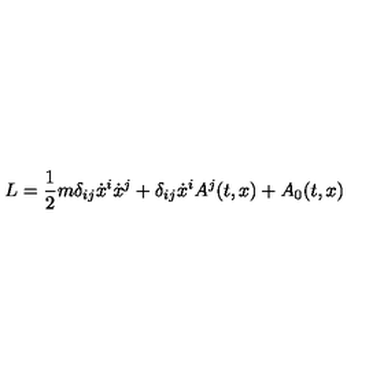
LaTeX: L = \frac { 1 } { 2 } m \delta _ { i j } \dot { x } ^ { i } \dot { x } ^ { j } + \delta _ { i j } \dot { x } ^ { i } A ^ { j } ( t , x ) + A _ { 0 } ( t , x )